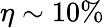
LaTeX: \eta\sim 10\%